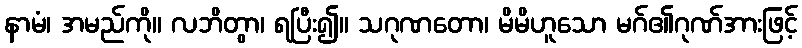
နာမံ၊ အမည်ကို။ လဘိတွာ၊ ရပြီး၍။ သဂုဏတော၊ မိမိဟူသော မဂ်၏ဂုဏ်အားဖြင့်